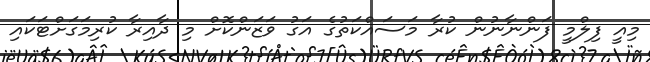
މިއީ ފިލްމީ ފަންނާނުން ކުރާ މަސައްކަތުގެ އަގު ވަޒަންކޮށް މި ދާއިރާ ކުރިމަގަށްޓަކައި